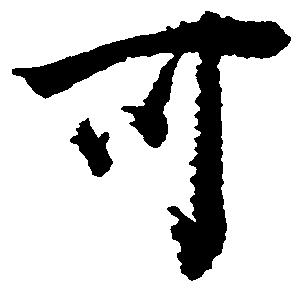
可